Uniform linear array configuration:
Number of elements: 12
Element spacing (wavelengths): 0.25
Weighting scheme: hamming
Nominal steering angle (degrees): -30
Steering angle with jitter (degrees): -30.065
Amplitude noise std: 0.05
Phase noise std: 0.05

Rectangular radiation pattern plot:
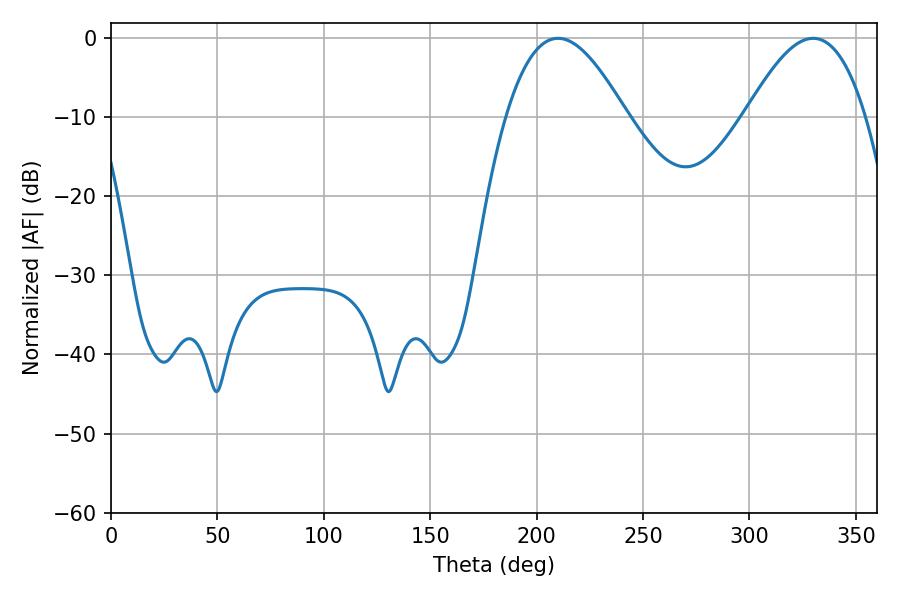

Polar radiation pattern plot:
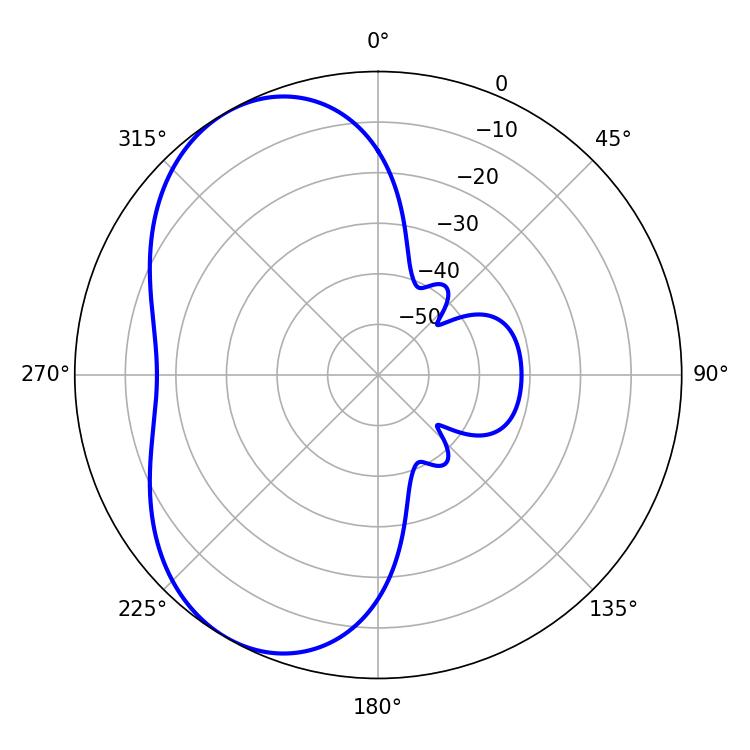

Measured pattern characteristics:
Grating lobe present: FALSE
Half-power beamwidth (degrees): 30.78
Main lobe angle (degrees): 210.06